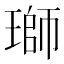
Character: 瑡